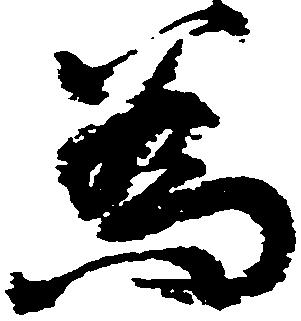
為